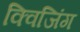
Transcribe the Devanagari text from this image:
क्विजिंग